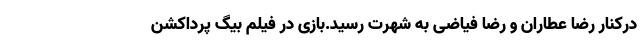
درکنار رضا عطاران و رضا فیاضی به شهرت رسید.بازی در فیلم بیگ پرداکشن